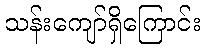
သန်းကျော်ရှိကြောင်း